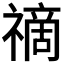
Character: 𥛚